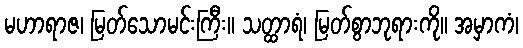
မဟာရာဇ၊ မြတ်သောမင်းကြီး။ သတ္ထာရံ၊ မြတ်စွာဘုရားကို။ အမှာကံ၊